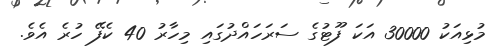
މުޅިއަކު 30000 އަކަ ފޫޓުގެ ސަރަހައްދުގައި މިހާރު 40 ކެފޭ ހުރެ އެވެ.